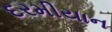
દરમીયાન